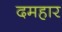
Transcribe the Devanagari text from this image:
दमहार